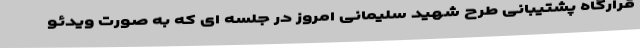
قرارگاه پشتیبانی طرح شهید سلیمانی امروز در جلسه ای که به صورت ویدئو